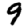
Digit: 9